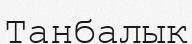
Танбалык